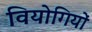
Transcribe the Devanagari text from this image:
वियोगियों